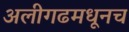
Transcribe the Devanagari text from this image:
अलीगढमधूनच